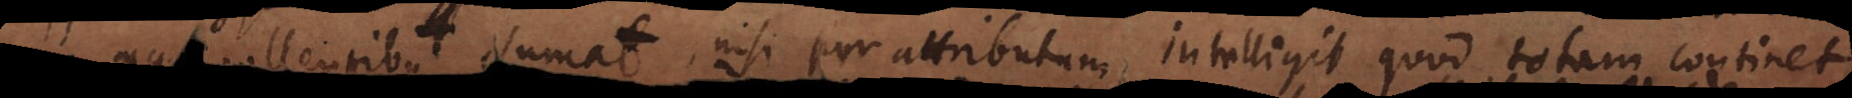
aequipollentibus sumat, nisi per attributum intelligit quod totam continet